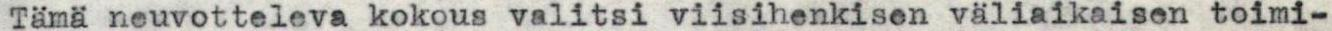
Tämä neuvotteleva kokous valitsi viisihenkisen väliaikaisen toimi-